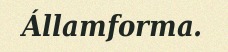
Államforma.